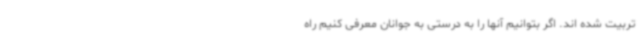
تربیت شده اند. اگر بتوانیم آنها را به درستی به جوانان معرفی کنیم راه